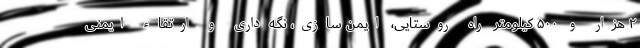
۲ هزار و ۵۰۰ کیلومتر راه روستایی، ایمن سازی، نگه‌داری و ارتقاء ایمنی